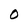
Character: O